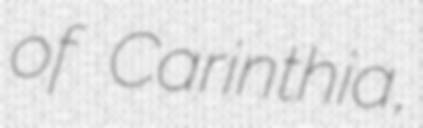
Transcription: of Carinthia,